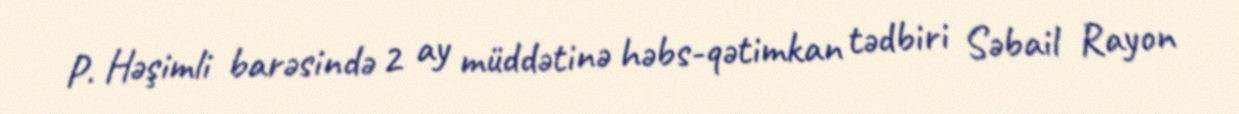
P. Həşimli barəsində 2 ay müddətinə həbs-qətimkan tədbiri Səbail Rayon